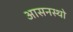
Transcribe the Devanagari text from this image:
आसनस्थो